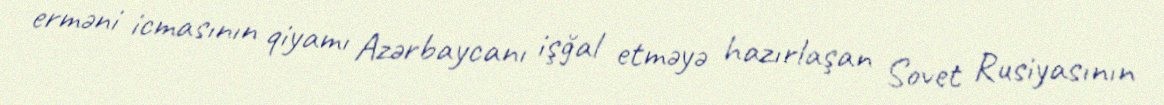
erməni icmasının qiyamı Azərbaycanı işğal etməyə hazırlaşan Sovet Rusiyasının